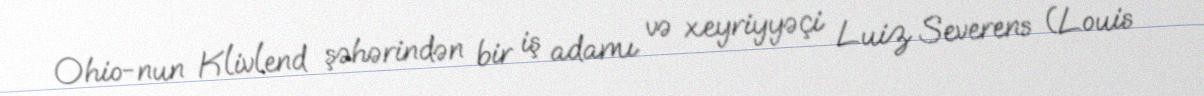
Ohio-nun Klivlend şəhərindən bir iş adamı və xeyriyyəçi Luiz Severens (Louis